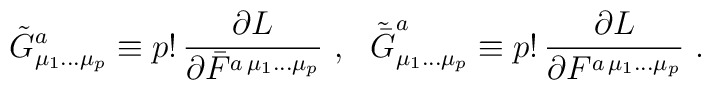
\tilde{G}^a_{\mu_1\ldots \mu_p} \equiv p!\, \frac{\partial L}{\partial \bar{F}^{a\,\mu_1\ldots \mu_p}}~,~~\tilde{\bar{G}}^a_{\mu_1\ldots \mu_p} \equiv p!\, \frac{\partial L}{\partial F^{a\,\mu_1\ldots \mu_p}}~.